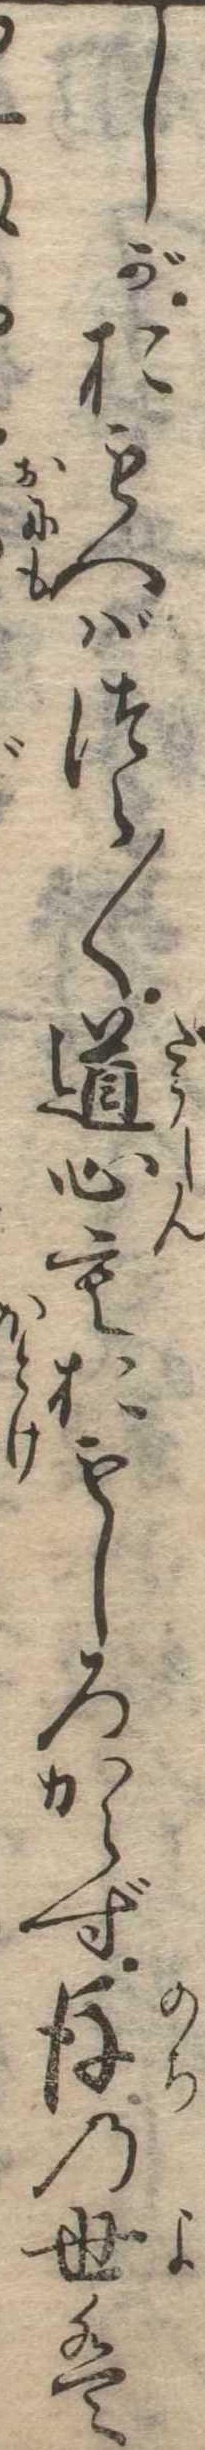
しがおもへばつら〱道心もおもしろからず後の世は